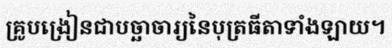
គ្រូបង្រៀនជាបច្ឆាចារ្យនៃបុត្រធីតាទាំងឡាយ។